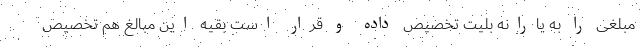
مبلغی را به یارانه بلیت تخصیص داده و قرار است بقیه این مبالغ هم تخصیص